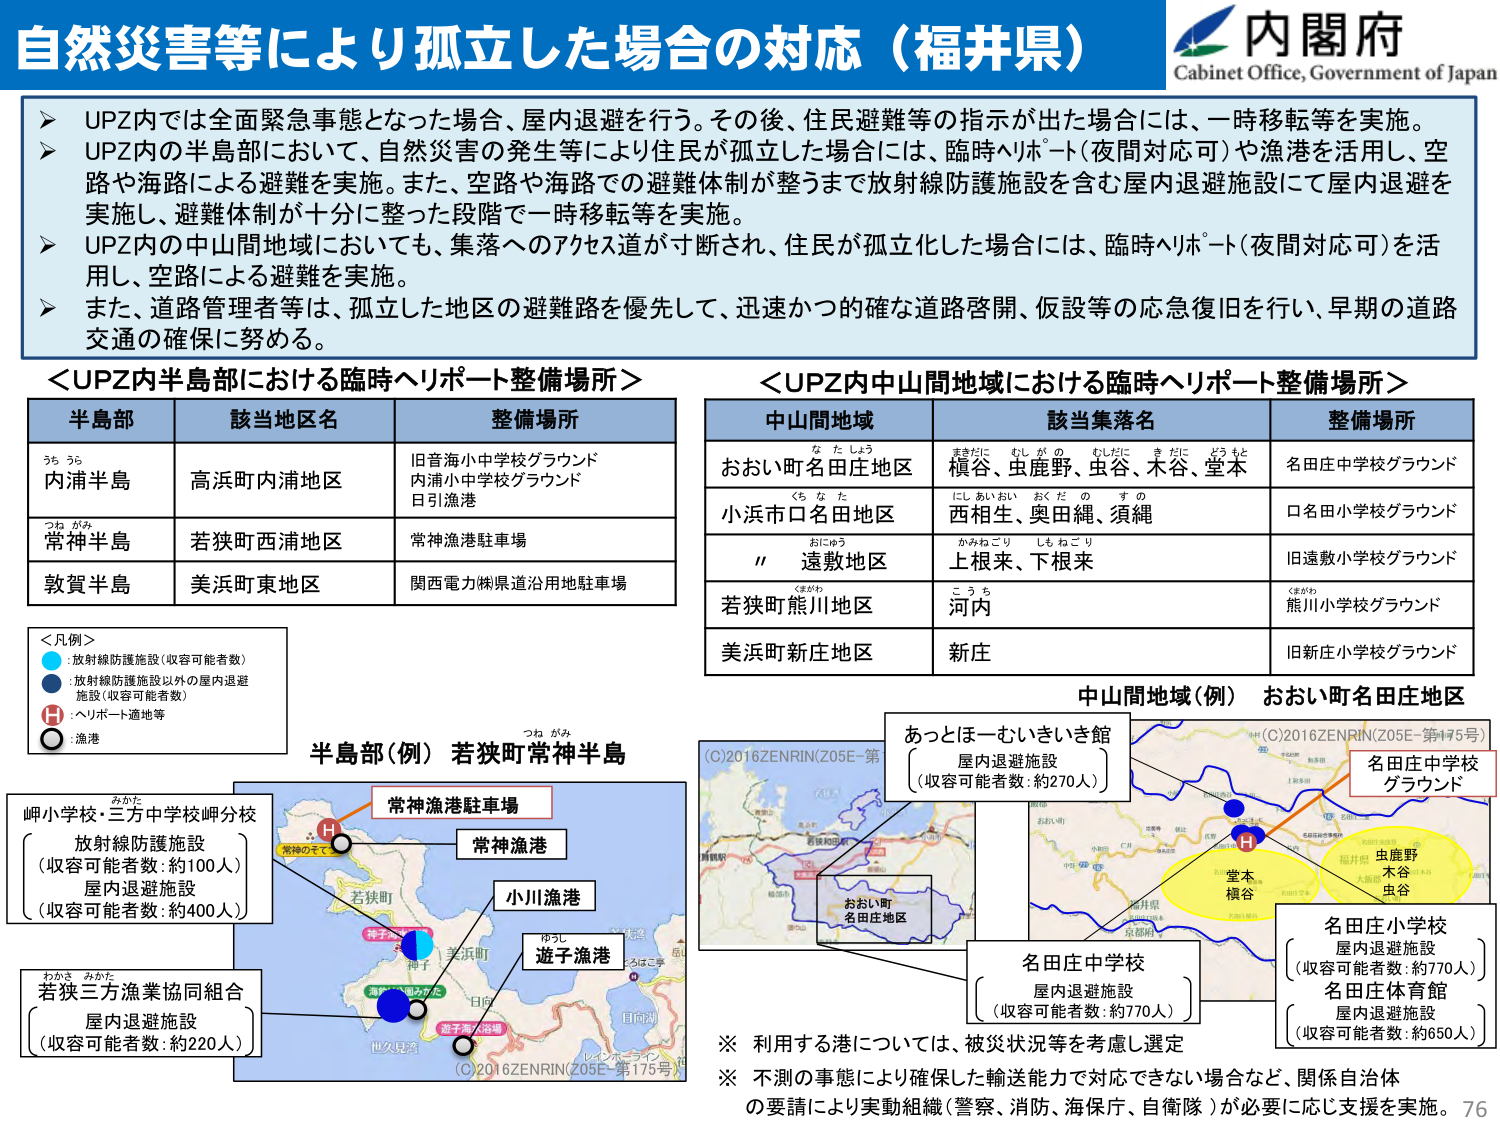
自然災害等により孤立した場合の対応（福井県）
内閣府
Cabinet Office, Government of Japan

➤ UPZ内では全面緊急事態となった場合、屋内退避を行う。その後、住民避難等の指示が出た場合には、一時移転等を実施。
➤ UPZ内の半島部において、自然災害の発生等により住民が孤立した場合には、臨時ヘリポート（夜間対応可）や漁港を活用し、空路や海路による避難を実施。また、空路や海路での避難体制が整うまで放射線防護施設を含む屋内退避施設にて屋内退避を実施し、避難体制が十分に整った段階で一時移転等を実施。
➤ UPZ内の中山間地域においても、集落へのアクセス道が寸断され、住民が孤立した場合には、臨時ヘリポート（夜間対応可）を活用し、空路による避難を実施。
➤ また、道路管理者等は、孤立した地区の避難路を優先して、迅速かつ的確な道路啓開、仮設等の応急復旧を行い、早期の道路交通の確保に努める。

＜UPZ内半島部における臨時ヘリポート整備場所＞
半島部　　該当地区名　　整備場所
内浦半島　　高浜町内浦地区　　旧音海小中学校グラウンド
　　　　　　　　　　　　　内浦小中学校グラウンド
　　　　　　　　　　　　　日引漁港
常神半島　　若狭町西浦地区　　常神漁港駐車場
敦賀半島　　美浜町東地区　　関西電力㈱県道沿用地駐車場

＜UPZ内中山間地域における臨時ヘリポート整備場所＞
中山間地域　　該当集落名　　整備場所
おおい町名田庄地区　　槙谷、虫鹿野、虫谷、木谷、堂本　　名田庄中学校グラウンド
小浜市口名田地区　　西相生、奥田縄、須縄　　口名田小学校グラウンド
〃　　遠敷地区　　上根来、下根来　　旧遠敷小学校グラウンド
若狭町熊川地区　　河内　　熊川小学校グラウンド
美浜町新庄地区　　新庄　　旧新庄小学校グラウンド

＜凡例＞
●：放射線防護施設（収容可能者数）
●：放射線防護施設以外の屋内退避施設（収容可能者数）
H：ヘリポート適地等
○：漁港

半島部（例） 若狭町常神半島
岬小学校・三方中学校岬分校
放射線防護施設
（収容可能者数：約100人）
屋内退避施設
（収容可能者数：約400人）

若狭三方漁業協同組合
屋内退避施設
（収容可能者数：約220人）

常神漁港駐車場
常神漁港
小川漁港
遊子漁港

中山間地域（例） おおい町名田庄地区
あっとほーむいきいき館
屋内退避施設
（収容可能者数：約270人）

名田庄中学校
屋内退避施設
（収容可能者数：約770人）

名田庄小学校
屋内退避施設
（収容可能者数：約770人）
名田庄体育館
屋内退避施設
（収容可能者数：約650人）

※ 利用する港については、被災状況等を考慮し選定
※ 不測の事態により確保した輸送能力で対応できない場合など、関係自治体の要請により実動組織（警察、消防、海保庁、自衛隊）が必要に応じ支援を実施。

(C)2016ZENRIN(Z05E-第175号)
(C)2016ZENRIN(Z05E-第175号)
(C)2016ZENRIN(Z05E-第175号)
76